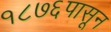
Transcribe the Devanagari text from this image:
१८७६पासून